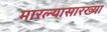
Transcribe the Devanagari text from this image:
मारल्यासारख्या